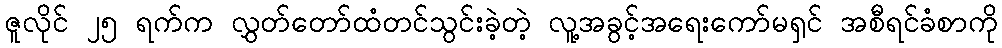
ဇူလိုင် ၂၅ ရက်က လွှတ်တော်ထံတင်သွင်းခဲ့တဲ့ လူ့အခွင့်အရေးကော်မရှင် အစီရင်ခံစာကို